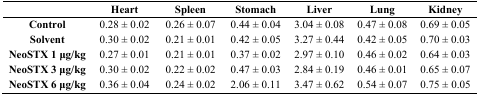
<table><thead><tr><td></td><td><b>Heart</b></td><td><b>Spleen</b></td><td><b>Stomach</b></td><td><b>Liver</b></td><td><b>Lung</b></td><td><b>Kidney</b></td></tr></thead><tbody><tr><td><b>Control</b></td><td>0.28 ± 0.02</td><td>0.26 ± 0.07</td><td>0.44 ± 0.04</td><td>3.04 ± 0.08</td><td>0.47 ± 0.08</td><td>0.69 ± 0.05</td></tr><tr><td><b>Solvent</b></td><td>0.30 ± 0.02</td><td>0.21 ± 0.01</td><td>0.42 ± 0.05</td><td>3.27 ± 0.44</td><td>0.42 ± 0.05</td><td>0.70 ± 0.03</td></tr><tr><td><b>NeoSTX 1 μg/kg</b></td><td>0.27 ± 0.01</td><td>0.21 ± 0.01</td><td>0.37 ± 0.02</td><td>2.97 ± 0.10</td><td>0.46 ± 0.02</td><td>0.64 ± 0.03</td></tr><tr><td><b>NeoSTX 3 μg/kg</b></td><td>0.30 ± 0.02</td><td>0.22 ± 0.02</td><td>0.47 ± 0.03</td><td>2.84 ± 0.19</td><td>0.46 ± 0.01</td><td>0.65 ± 0.07</td></tr><tr><td><b>NeoSTX 6 μg/kg</b></td><td>0.36 ± 0.04</td><td>0.24 ± 0.02</td><td>2.06 ± 0.11</td><td>3.47 ± 0.62</td><td>0.54 ± 0.07</td><td>0.75 ± 0.05</td></tr></tbody></table>